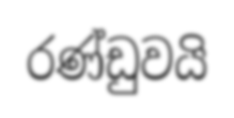
රණ්ඩුවයි